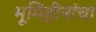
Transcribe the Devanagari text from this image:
भूमिहीनांचा